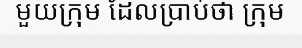
មួយក្រុម ដែលប្រាប់ថា ក្រុម